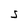
Character: s